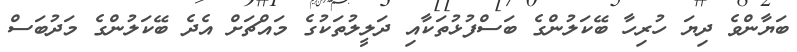
ބަޔާންވެ ދިޔަ ހުރިހާ ބޭކަލުންގެ ބަސްފުޅުތަކާއި ދަލީލުތަކުގެ މައްޗަށް އެދެ ބޭކަލުންގެ މަދުބަސް